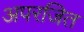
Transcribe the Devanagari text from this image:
अपरजित